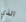
الذي